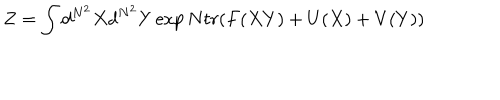
Z = \int d ^ { N ^ { 2 } } X d ^ { N ^ { 2 } } Y \exp N t r ( F ( X Y ) + U ( X ) + V ( Y ) )